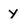
Character: y